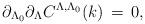
LaTeX: \begin{align*} \partial _{\Lambda_0} \partial _\Lambda C^{\Lambda , \Lambda_0} (k) \, = \, 0 ,\end{align*}